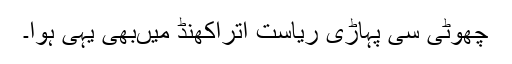
چھوٹی سی پہاڑی ریاست اتراکھنڈ میںبھی یہی ہوا۔